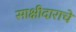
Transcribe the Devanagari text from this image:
साक्षीदाराचे